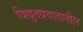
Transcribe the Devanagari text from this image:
विद्युतप्रवाहातील